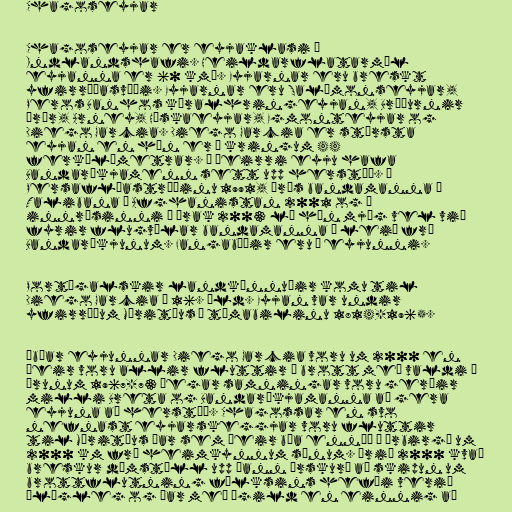
Chagoseyjar

Chagoseyjar er eyjaklasi í
Indlandshafi. Heildarflatarmál
eyjanna er 60 km². Eyjarnar eru breskt
yfirráðasvæði. Eyjarnar eru Salómonseyjar,
Peros Banhos kóralhringeyjan, Bræðurnir
þrír, Arney, Háskaeyjar, Egmonteyjar og
Diego Garcia. Diego Garcia er stærsta
eyjan en hún er í kringum 44
ferkílómetrar. Á þeirri eyju hafa
Bandaríkjamenn sett upp herstöð. Í
Persaflóastríðinu 1991, árás bandamanna á
Talibana í Afghanistan 2001 og í
innrásinni í Írak 2003 lá hún mjög vel við
fyrir flugvélar bandamanna á leið frá
Bandaríkjunum. Fangabúðir eru á eyjunni.

Portúgalskir landkönnuðir komu til
Diego Garcia á 16. öld. Eyjan var undir
yfirráðum Máritíus á tímabilinu 1814-1965.

Íbúar eyjunnar Diego Garcia voru um 2000 en
þeir voru allir fluttir á brott með valdi á
árunum 1967-73 þegar samningar voru gerðir
milli Breta og Bandaríkjamanna að gera
eyjuna að herstöð. Chagossar en svo
nefnast eyjarskeggjar voru fluttir
til Máritíus þar sem þeir búa ennþá í örbirgð um
2000 km frá heimkynnum sínum. Árið 2000 kvað
breskur dómstóll upp þann úrskurð að skipun um
brottflutning fólksins hefði verið
ólögleg og þar með ógild en einnig að